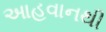
આહવાનથી